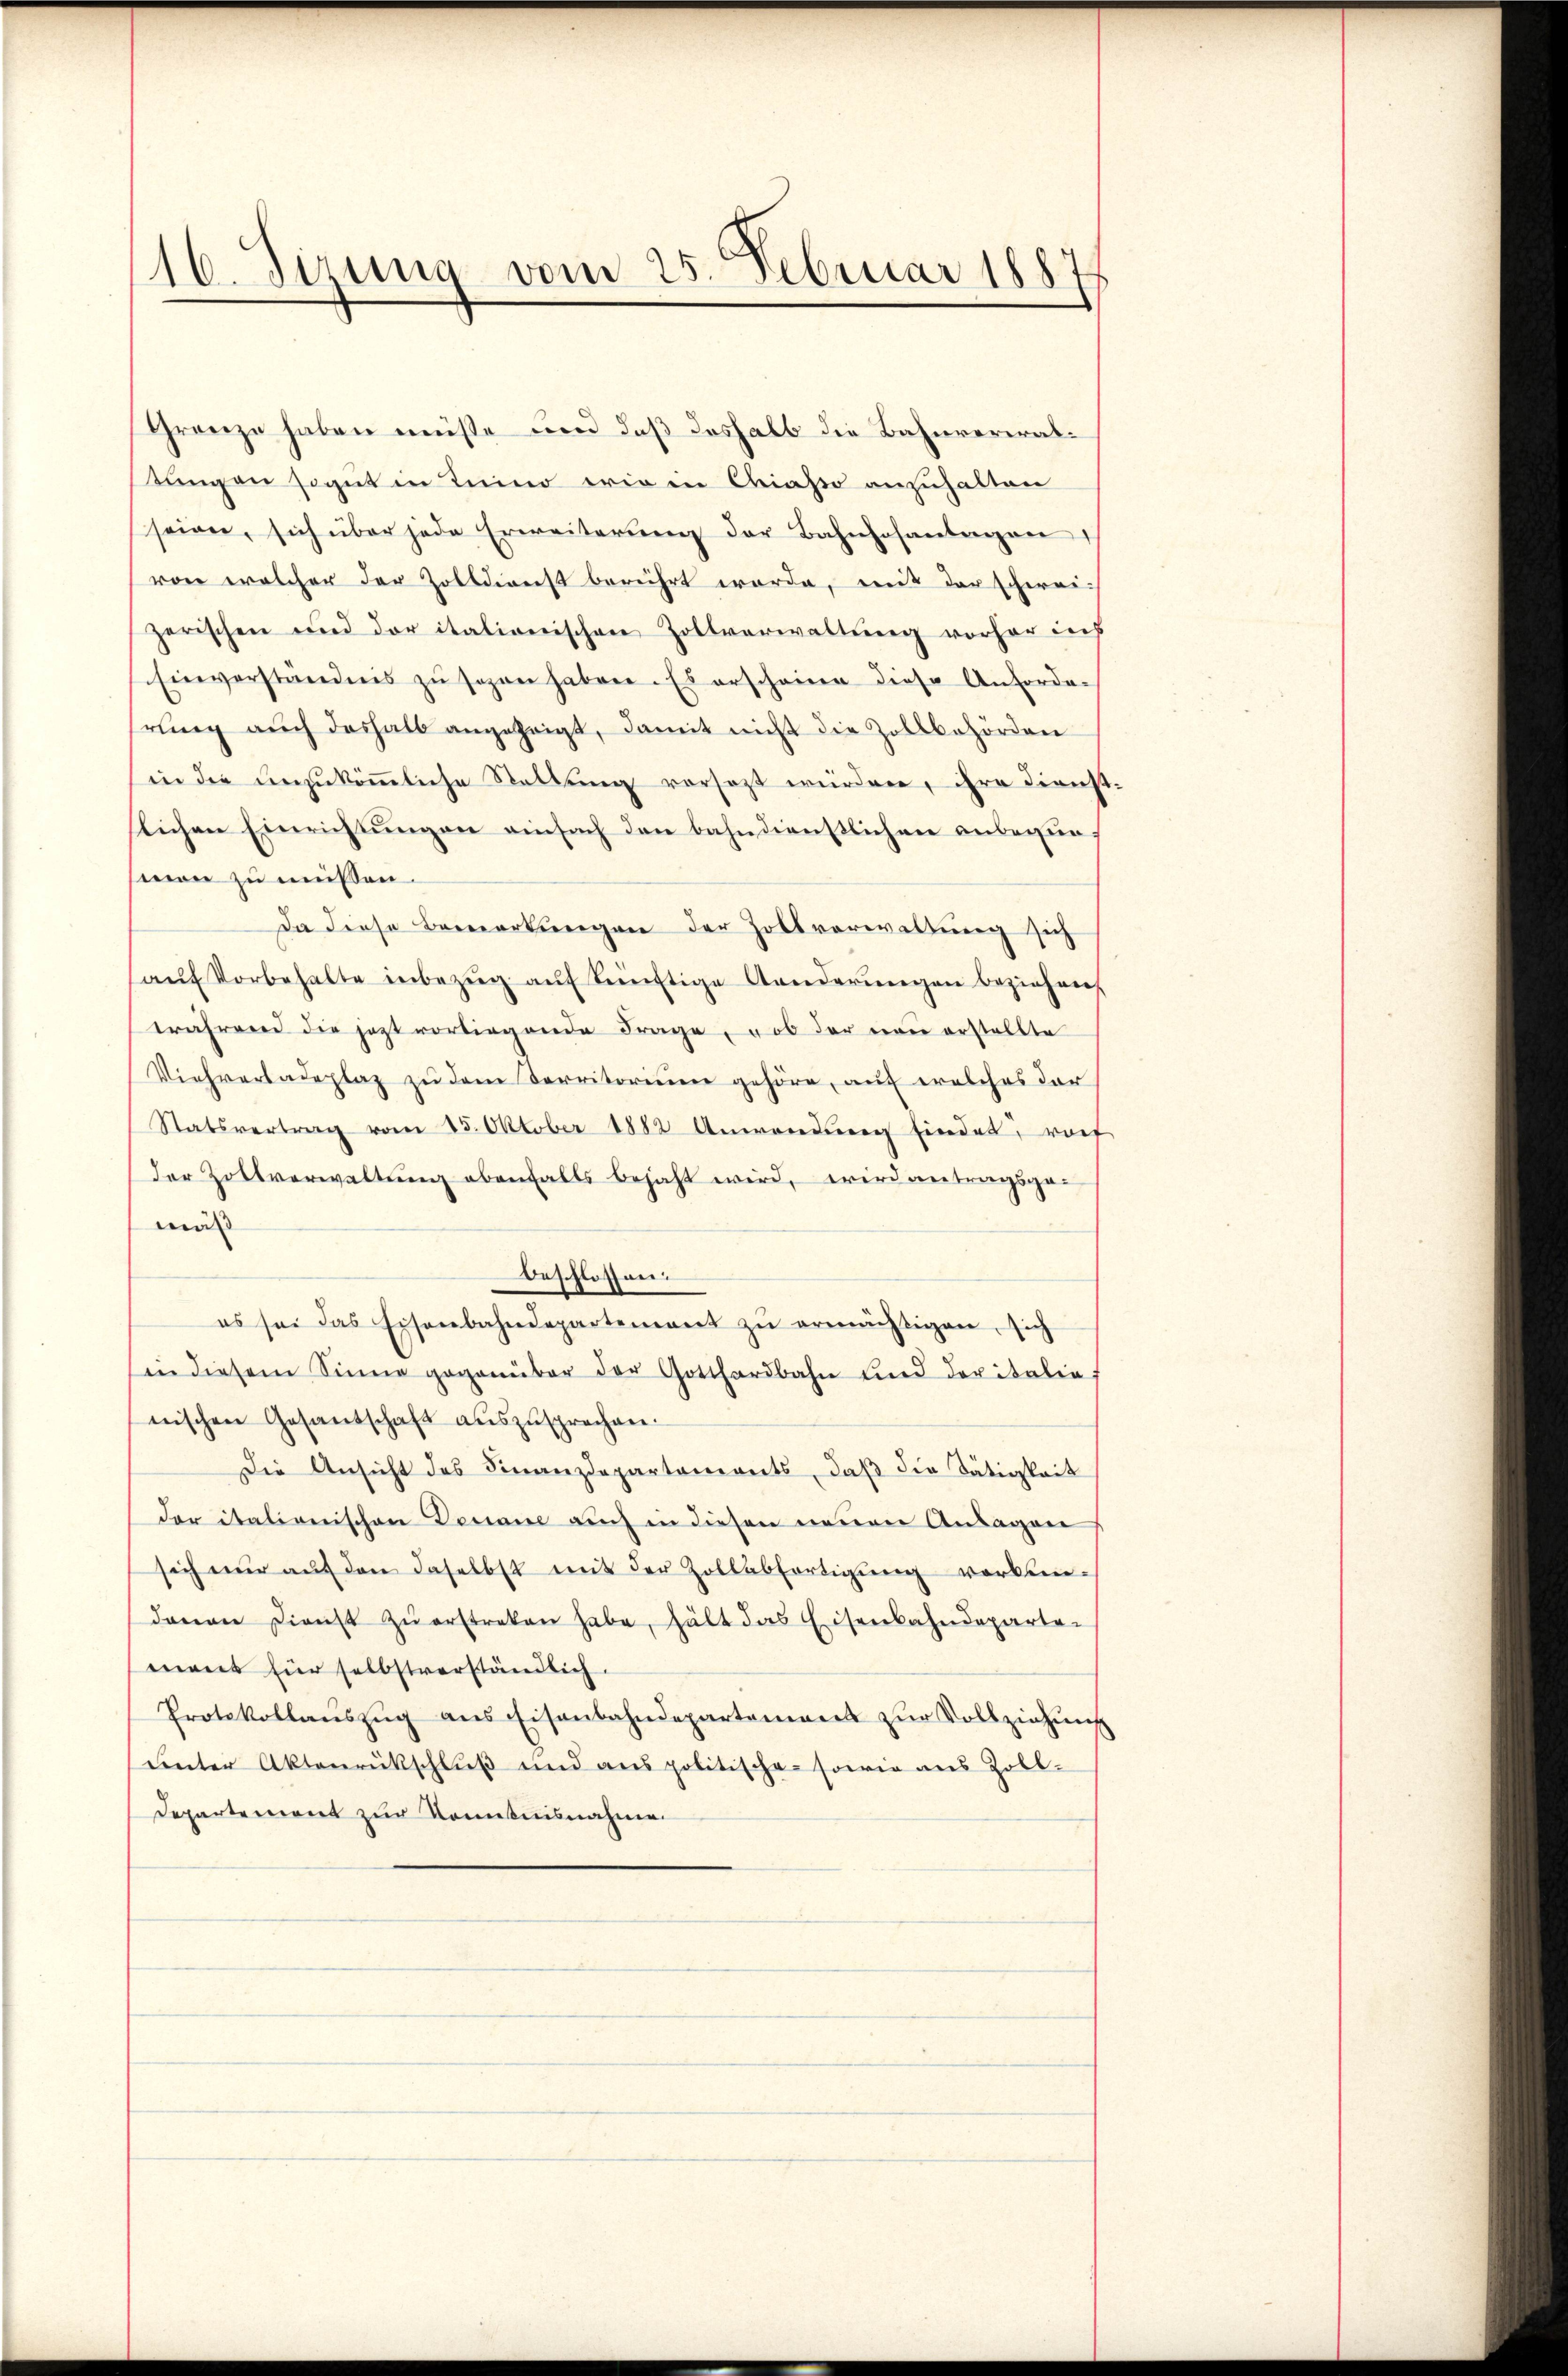
16. Sizung vom 25. Februar 18875

Grenze haben müsse und daß deshalb die Bahnvereralstungen sogut in Luino die in Chiasso anzuhalten
seien, sich über jede Erweiterŭng der Bahnhofanlangen
von welcher der Zolldienst berührt worde, mit der schweizerischen und der italienischen Zollverwaltung vorher ins
Einverständnis zŭ sezen haben. Es erscheine diese Anforde-
rŭng aŭch deshalb angezeigt, damit nicht die Zollbehörden
in die anzukömmliche Stellung versetzt würden, ihre dienst
lichen Einrichtungen einfach den bahndienstlichen anbefunman zu müssen.
Da diese Bemerkungen der Zollverwaltung sich
aŭf Vorbehalte inbezug auf künftige Aenderungen beziehen,
während die jezt vorliegende Frage, ob der neu erstellte
Viehrerladeplaz zŭ dem Serritoriŭm gehöre, auf welches der
Statsvertrag vom 15. Oktober 1882 Anwendung findet, rof
der Zollverwaltung ebenfalls bejaht wird, wird antragsgemäß
Beschlossen.
es sei das Eisenbahndepartement zŭ ermächtigen, sich
sen diesem Sinne gegenüber der Gotthardbahn und deritalia f
nischen Gesandschaft aŭszŭsprochen.
Die Ansicht des Finanzdepartaments, daβ die Tätigkeit
der italionischen Decane auch in diesen neuen Anlagen
sich nŭr aŭf den daselbst mit der Zollabfertigŭng vorklein-
davon Dienst zŭ erstreken habe, hält das Eisenbahndeparte
ment für selbstverständlich
Protokollaŭszŭg ans Eisenbahndepartement zŭr Vollziehŭng
unter Aktenrückschluß und aus politische sowie aus Zoll-
Departement zur Kenntnisnahme.